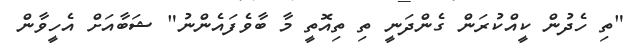
"ތި ހެދުން ކީއްކުރަން ގެންދަނީ ތި ތިއޮތީ މާ ބާވެފައެންނު" ޝަބާއަށް އެހީވާން